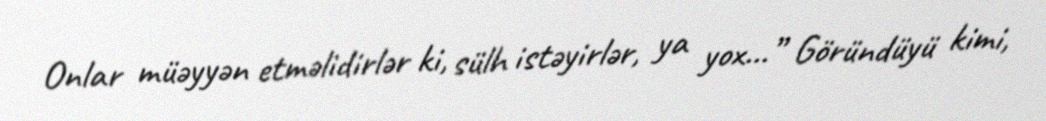
Onlar müəyyən etməlidirlər ki, sülh istəyirlər, ya yox...” Göründüyü kimi,